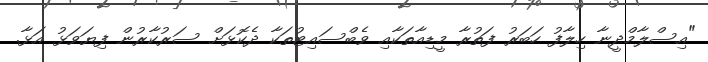
"އިސްލާމްދީނާ ހިލާފު ހަބަރު ފަތުރާ މީޑިއާތަކާއި ވެބްސައިޓުތަކާ ދެކޮޅަށް ސަރުކާރުން ފިޔަވަޅު އަޅާ.